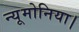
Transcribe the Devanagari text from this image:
न्यूमोनिया।